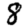
Digit: 8